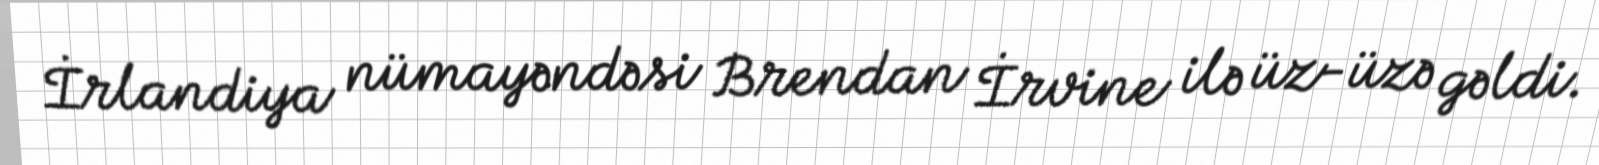
İrlandiya nümayəndəsi Brendan İrvine ilə üz-üzə gəldi.